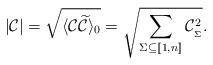
LaTeX: \begin{align*} |\mathcal{C}| = \sqrt{\langle \mathcal{C}\widetilde{\mathcal{C}} \rangle_0} = \sqrt{\sum_{\Sigma\subseteq [\![1,n]\!]} \mathcal{C}_{_\Sigma}^2} .\end{align*}